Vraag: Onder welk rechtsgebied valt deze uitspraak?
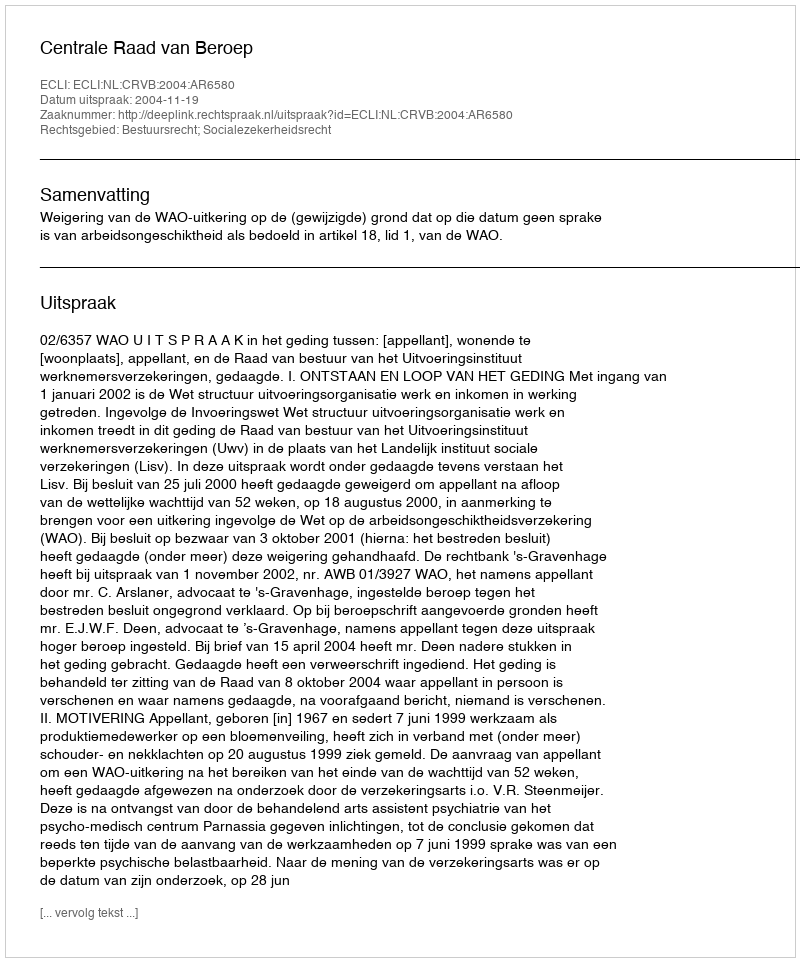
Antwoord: Bestuursrecht; Socialezekerheidsrecht